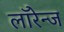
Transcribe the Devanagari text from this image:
लॉरेन्ज